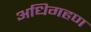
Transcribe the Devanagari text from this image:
अधिगहण